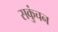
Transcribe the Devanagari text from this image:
सकुंचन